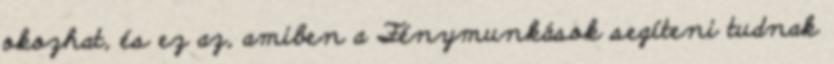
okozhat, és ez az, amiben a Fénymunkások segíteni tudnak